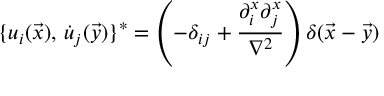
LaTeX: \{ u _ { i } ( \vec { x } ) , \, \dot { u } _ { j } ( \vec { y } ) \} ^ { * } = \left( - \delta _ { i j } + { \frac { \partial _ { i } ^ { x } \partial _ { j } ^ { x } } { \nabla ^ { 2 } } } \right) \delta ( \vec { x } - \vec { y } )